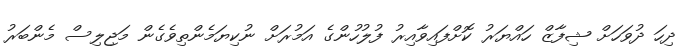
ދިހަ ދުވަހަށް ޝިފާޒް ހައްޔަރު ކޮށްފައިވާއިރު ފުލުހުންގެ އަމުރަށް ނުކިޔަމެންތިވެގެން މަޖިލިސް މެންބަރު